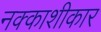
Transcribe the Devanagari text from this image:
नक्काशीकार